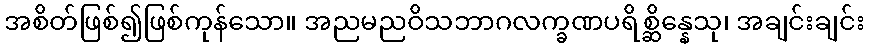
အစိတ်ဖြစ်၍ဖြစ်ကုန်သော။ အညမညဝိသဘာဂလက္ခဏပရိစ္ဆိန္နေသု၊ အချင်းချင်း